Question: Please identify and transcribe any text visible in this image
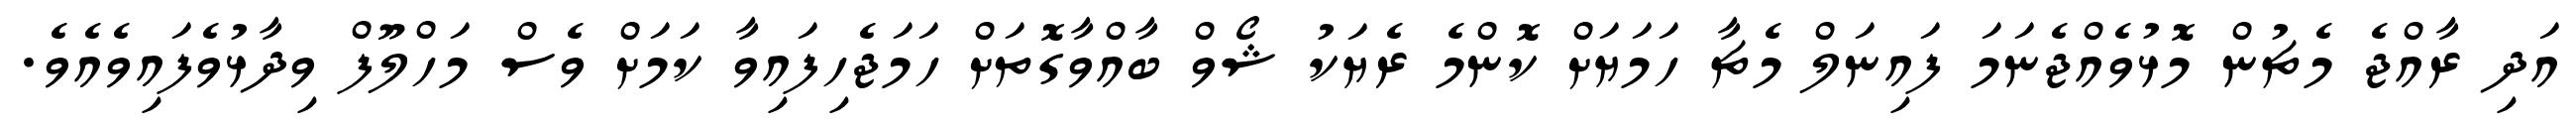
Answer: އަދި ރާއްޖެ މެޗުން މޮޅުވެއްޖެނަމަ ފައިނަލް މެޗާ ހަމަޔަށް ކޮންމެ ރެޔަކު ޝޯވް ބާއްވާގޮތަށް ހަމަޖެހިފައިވާ ކަމަށް ވެސް މަހްލޫފް ވިދާޅުވެފައިވެއެވެ.